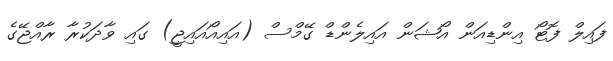
ފައިލް ފޮޓޯ އިންޑިއަން އޯޝަން އައިލެންޑް ގޭމްސް (އައިއޯއައިޖީ) ގައި ވާދަކުރާ ރާއްޖޭގެ